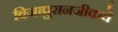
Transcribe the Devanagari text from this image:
विजापुरानजीकचे